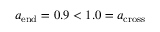
a _ { \mathrm { e n d } } = 0 . 9 < 1 . 0 = a _ { \mathrm { c r o s s } }